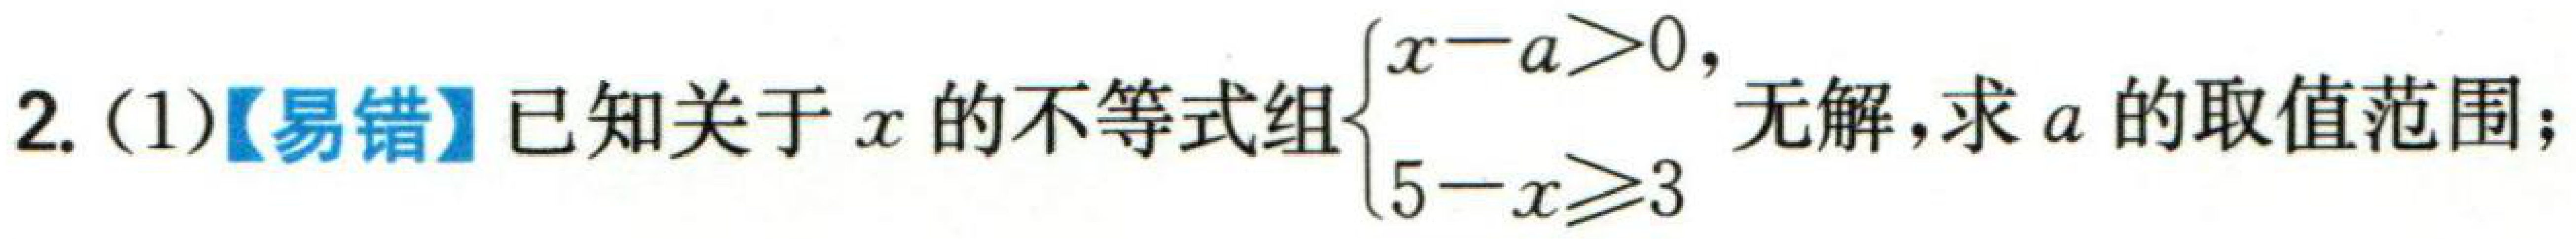
2. (1)【易错】已知关于\(x\)的不等式组\(\begin{cases}x - a > 0 \\ 5 - x\geqslant3\end{cases}\)无解，求\(a\)的取值范围；